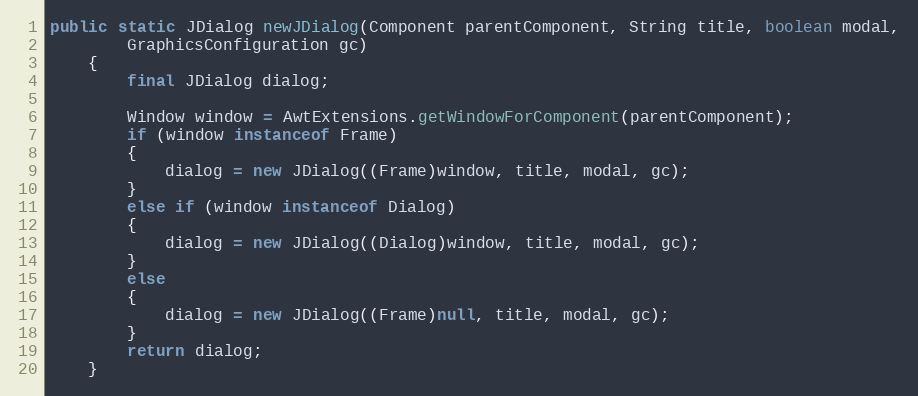
Language: Java
public static JDialog newJDialog(Component parentComponent, String title, boolean modal,
		GraphicsConfiguration gc)
	{
		final JDialog dialog;

		Window window = AwtExtensions.getWindowForComponent(parentComponent);
		if (window instanceof Frame)
		{
			dialog = new JDialog((Frame)window, title, modal, gc);
		}
		else if (window instanceof Dialog)
		{
			dialog = new JDialog((Dialog)window, title, modal, gc);
		}
		else
		{
			dialog = new JDialog((Frame)null, title, modal, gc);
		}
		return dialog;
	}